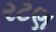
રટણ